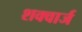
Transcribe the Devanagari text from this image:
शक्वार्ज